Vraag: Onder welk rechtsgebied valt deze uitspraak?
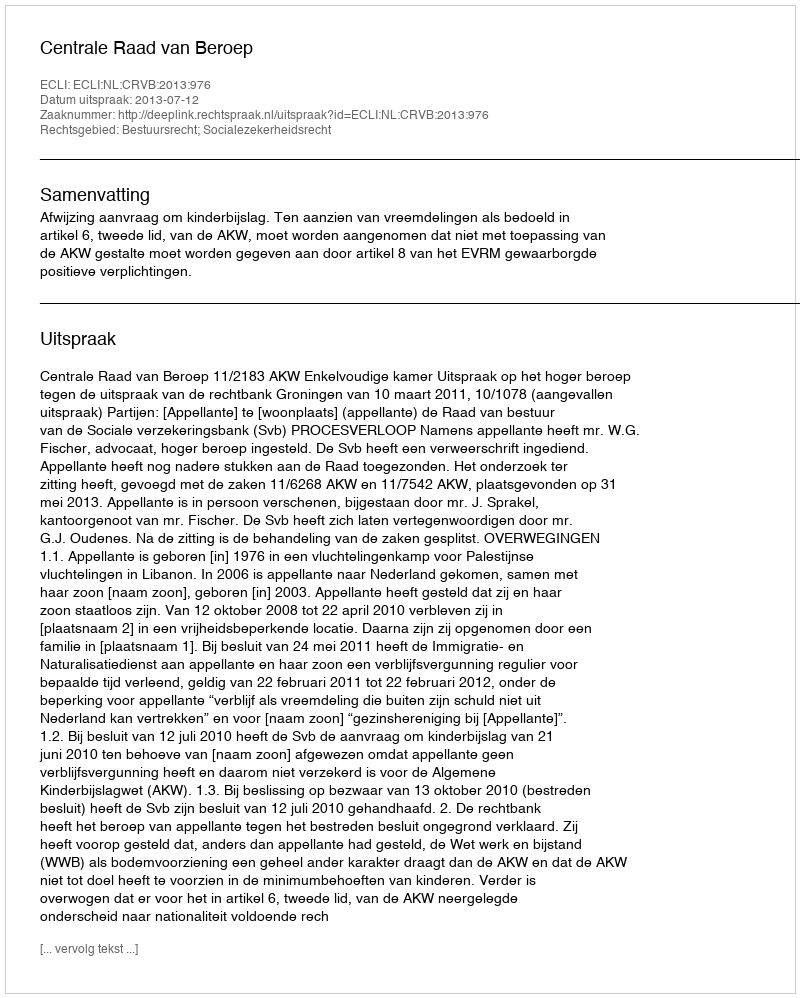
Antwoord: Bestuursrecht; Socialezekerheidsrecht